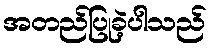
အတည်ပြုခဲ့ပါသည်